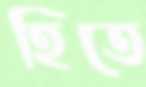
হিতে